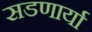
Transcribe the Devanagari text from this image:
सडणार्या